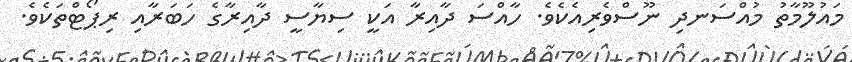
މައުލޫމާތު މުއްސަނދި ނޫސްވެރިއެކެވެ. ހާއްސަ ދާއިރާ އަކީ ސިޔާސީ ދާއިރާގެ ހަބަރާއި ރިޕޯޓްތަކެވެ.